画像に写った文字を読んでください
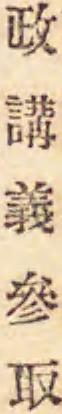
「政講義參取」と書いてあります